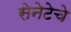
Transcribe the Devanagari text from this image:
सेनेटेचे